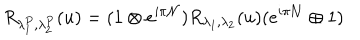
R _ { \lambda _ { 1 } ^ { P } , \lambda _ { 2 } ^ { P } } ( u ) = ( 1 \otimes e ^ { i \pi { \cal N } } ) R _ { \lambda _ { 1 } , \lambda _ { 2 } } ( u ) ( e ^ { i \pi { \cal N } } \oplus 1 )